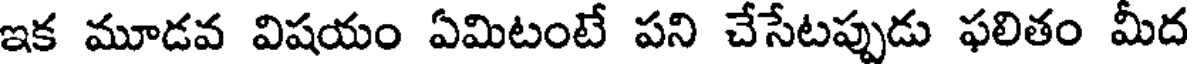
ఇక మూడవ విషయం ఏమిటంటే పని చేసేటప్పుడు ఫలితం మీద